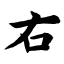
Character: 右